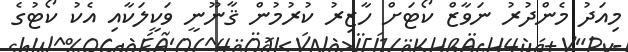
މިއަދު މެންދުރު ނަވާޒް ކޯޓަށް ހާޒިރު ކުރުމުން ޤާނޫނީ ވަކީލަކާއި އެކު ކޯޓުގެ